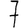
Digit: 7